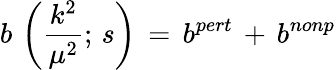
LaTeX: b\, \left(\frac{k^{2}}{\mu^{2}};\, s\right)\, =\, b^{pert}\, +\, b^{nonp}